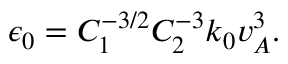
\epsilon _ { 0 } = C _ { 1 } ^ { - 3 / 2 } C _ { 2 } ^ { - 3 } k _ { 0 } v _ { A } ^ { 3 } .